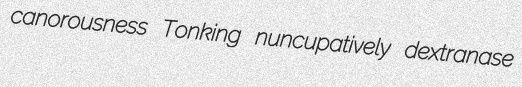
canorousness Tonking nuncupatively dextranase